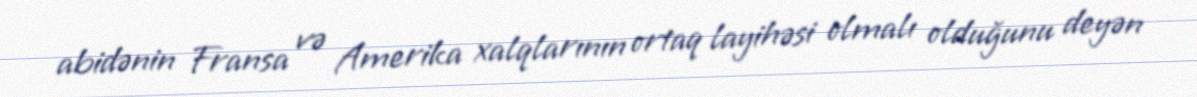
abidənin Fransa və Amerika xalqlarının ortaq layihəsi olmalı olduğunu deyən